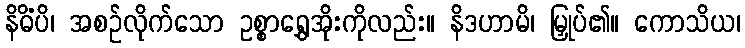
နိဓိံပိ၊ အစဉ်လိုက်သော ဥစ္စာရွှေအိုးကိုလည်း။ နိဒဟာမိ၊ မြှုပ်၏။ ကောသိယ၊